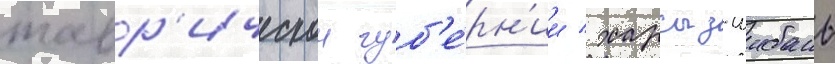
тавр'ическои губ'е́рн'ии / харсыз-шибань